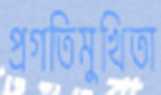
প্রগতিমুখিতা